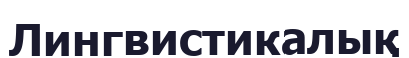
Лингвистикалық